Lunatic asylums in Bengal annual reports 1912-1924 - 1912-1924
Year: 1912
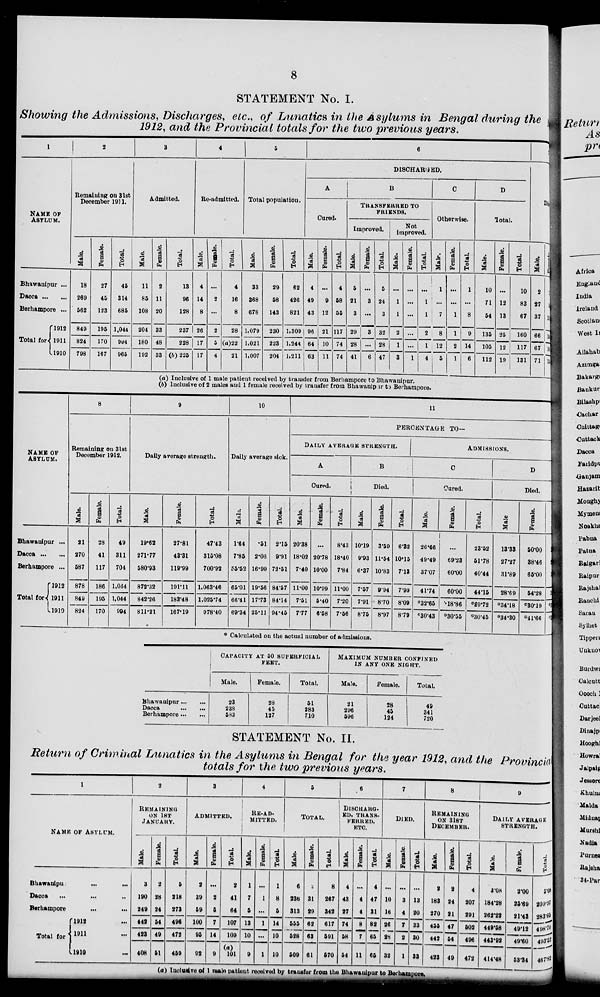
8
STATEMENT No. I.
Showing the Admissions, Discharges, etc., of Lunatics in the Asylums in Bengal during the
1912, and the Provincial totals for the two previous years.
1
NAME OF
ASYLUM.
Bhawanipur ...
Dacca ... ...
Berhampore ...
Total for
1912
1911
1910
2
Remaining on 31st
December 1911.
Male.
18
269
562
849
824
798
Female.
27
45
123
195
170
167
Total.
45
314
685
1,044
994
965
3
Admitted.
Male.
11
85
108
204
180
192
Female.
2
11
20
33
48
33
Total.
13
96
128
237
228
(b) 225
4
Re-admitted.
Male.
4
14
8
26
17
17
Female.
...
2
...
2
5
4
Total.
4
16
8
28
(a)22
21
5
Total population.
Male.
33
368
678
1,079
1,021
1,007
Female.
29
58
143
230
223
204
Total.
62
426
821
1,309
1,244
1,211
6
DISCHARGED.
A
Cured.
Male.
4
49
43
96
64
63
Female.
...
9
12
21
10
11
Total.
4
58
55
117
74
74
B
TRANSFERRED TO
FRIENDS.
Improved.
Male.
5
21
3
29
28
41
Female.
...
3
...
3
...
6
Total.
5
24
3
32
28
47
Not
Improved.
Male.
...
1
1
2
1
3
Female.
...
...
...
...
...
1
Total.
...
1
1
2
1
4
C
Otherwise.
Male.
1
...
7
8
12
5
Female.
...
...
1
1
2
1
Total.
1
...
8
9
14
6
D
Total.
Male.
10
71
54
135
106
112
Female.
...
12
13
25
12
19
Total.
10
83
67
160
117
131
Dt
Male.
2
27
37
66
67
71
Female.
...
1
12
14
10
13
(a) Inclusive of 1 male patient received by transfer from Berhampore to Bhawanipur.
(b) Inclusive of 2 males and 1 female received by transfer from Bhawanipur to Berhampore.
NAME OF
ASYLUM.
Bhawanipur ...
Dacca
Berhampore ...
Total for
1912
1911
1910
8
Remaining on 31st
December 1912.
Male.
21
270
587
878
849
824
Female.
28
41
117
186
195
170
Total.
49
311
704
1,064
1,044
994
9
Daily average strength.
Male.
19.63
271.77
580.93
872.32
842.26
811.21
Female.
27.81
43.31
119.99
191.11
183.48
167.19
Total.
47.43
315.08
700.92
1,063.46
1,025.74
978.40
10
Daily average sick.
Male.
1.64
7.85
55.52
65.01
66.41
69.34
Female.
.51
2.06
16.99
19.56
17.73
25.11
Total.
2.15
9.91
72.51
84.57
84.14
94.45
11
PERCENTAGE T O .
DAILY AVERAGE STRENGTH.
A
Cured.
Male.
20.38
18.02
7.40
11.00
7.51
7.77
Female.
...
20.78
10.00
10.99
5.40
6.68
Total.
8.43
18.40
7.84
11.00
7.20
7.56
B
Died.
Male.
10.19
9.93
6.37
7.57
7.91
8.75
Female.
3.59
11.54
10.83
9.94
8.70
8.97
Total.
6.32
10.15
7.13
7.99
8.09
8.79
ADMISSIONS.
C
Cured.
Male.
26.66
49.49
37.07
41.74
*32.65
*30.43
Female.
...
69.23
60.00
60.00
18.86
* 30.55
Total.
23.52
51.78
40.44
44.15
*89.72
*30.45
D
Died.
Male
13.33
27.27
31.89
28.69
*34.18
*34.30
Female.
50.00
38.46
65.00
54.28
* 30.19
*41.66
Calculated on the actual number of admissions.
Bhawanipur
Dacca
Berhampore
CAPACITY AT 50 SUPERFICIAL
FEET.
Male.
23
238
583
Female.
28
45
127
Total.
61
383
710
MAXIMUM NUMBER CONFINED
IN ANY ONE NIGHT.
Male.
21
296
596
Female.
28
45
124
Total.
49
341
720
STATEMENT No. II.
Return of Criminal Lunatics in the Asylums in Bengal for the year 1912, and the Provincial
totals for the two previous years.
1
NAME OF ASYLUM.
Bhawanipur ...
Dacca ...
Berhampore ...
Total for
1912
1911
1910
2
REMAINING
ON 1ST
JANUARY.
Male.
3
190
249
442
423
408
Female.
2
28
24
54
49
51
Total.
5
218
373
496
472
459
3
ADMITTED.
Male.
2
39
59
100
95
93
Female.
...
2
5
7
14
9
Total.
2
41
64
107
109
(a)
101
4
RE-AD-
MITTED.
Male.
1
7
5
13
10
9
Female.
...
1
...
1
...
1
Total.
1
8
5
14
10
10
5
TOTAL.
Male.
6
236
313
555
528
509
Female.
2
31
29
62
63
61
Total.
8
267
342
617
591
570
6
DISCHARG-
--, TRANS-
------,
ETC.
Male.
4
43
27
74
58
54
Female.
...
4
4
8
7
11
Total.
4
47
31
82
65
65
7
DIED.
Male.
...
10
16
26
28
38
Female
...
3
4
7
2
1
Total.
...
13
20
33
30
33
8
REMAINING
ON 31ST
DECEMBER.
Mate.
8
183
270
455
442
423
Female.
8
24
21
47
54
49
Total.
4
207
291
508
496
472
9
DAILY AVERAGE
STRENGTH.
Male.
3.08
184.28
262.22
449.58
443.92
414.48
Female.
2.00
26.69
21.43
49.12
49.60
53.34
Total.
5.08
209.97
283.65
498.70
493.58
467.82
(a) Inclusive of 1 main patient received by transfar from the Bhawanipur to Barhampore.